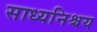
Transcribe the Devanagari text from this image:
साध्यनिश्चय